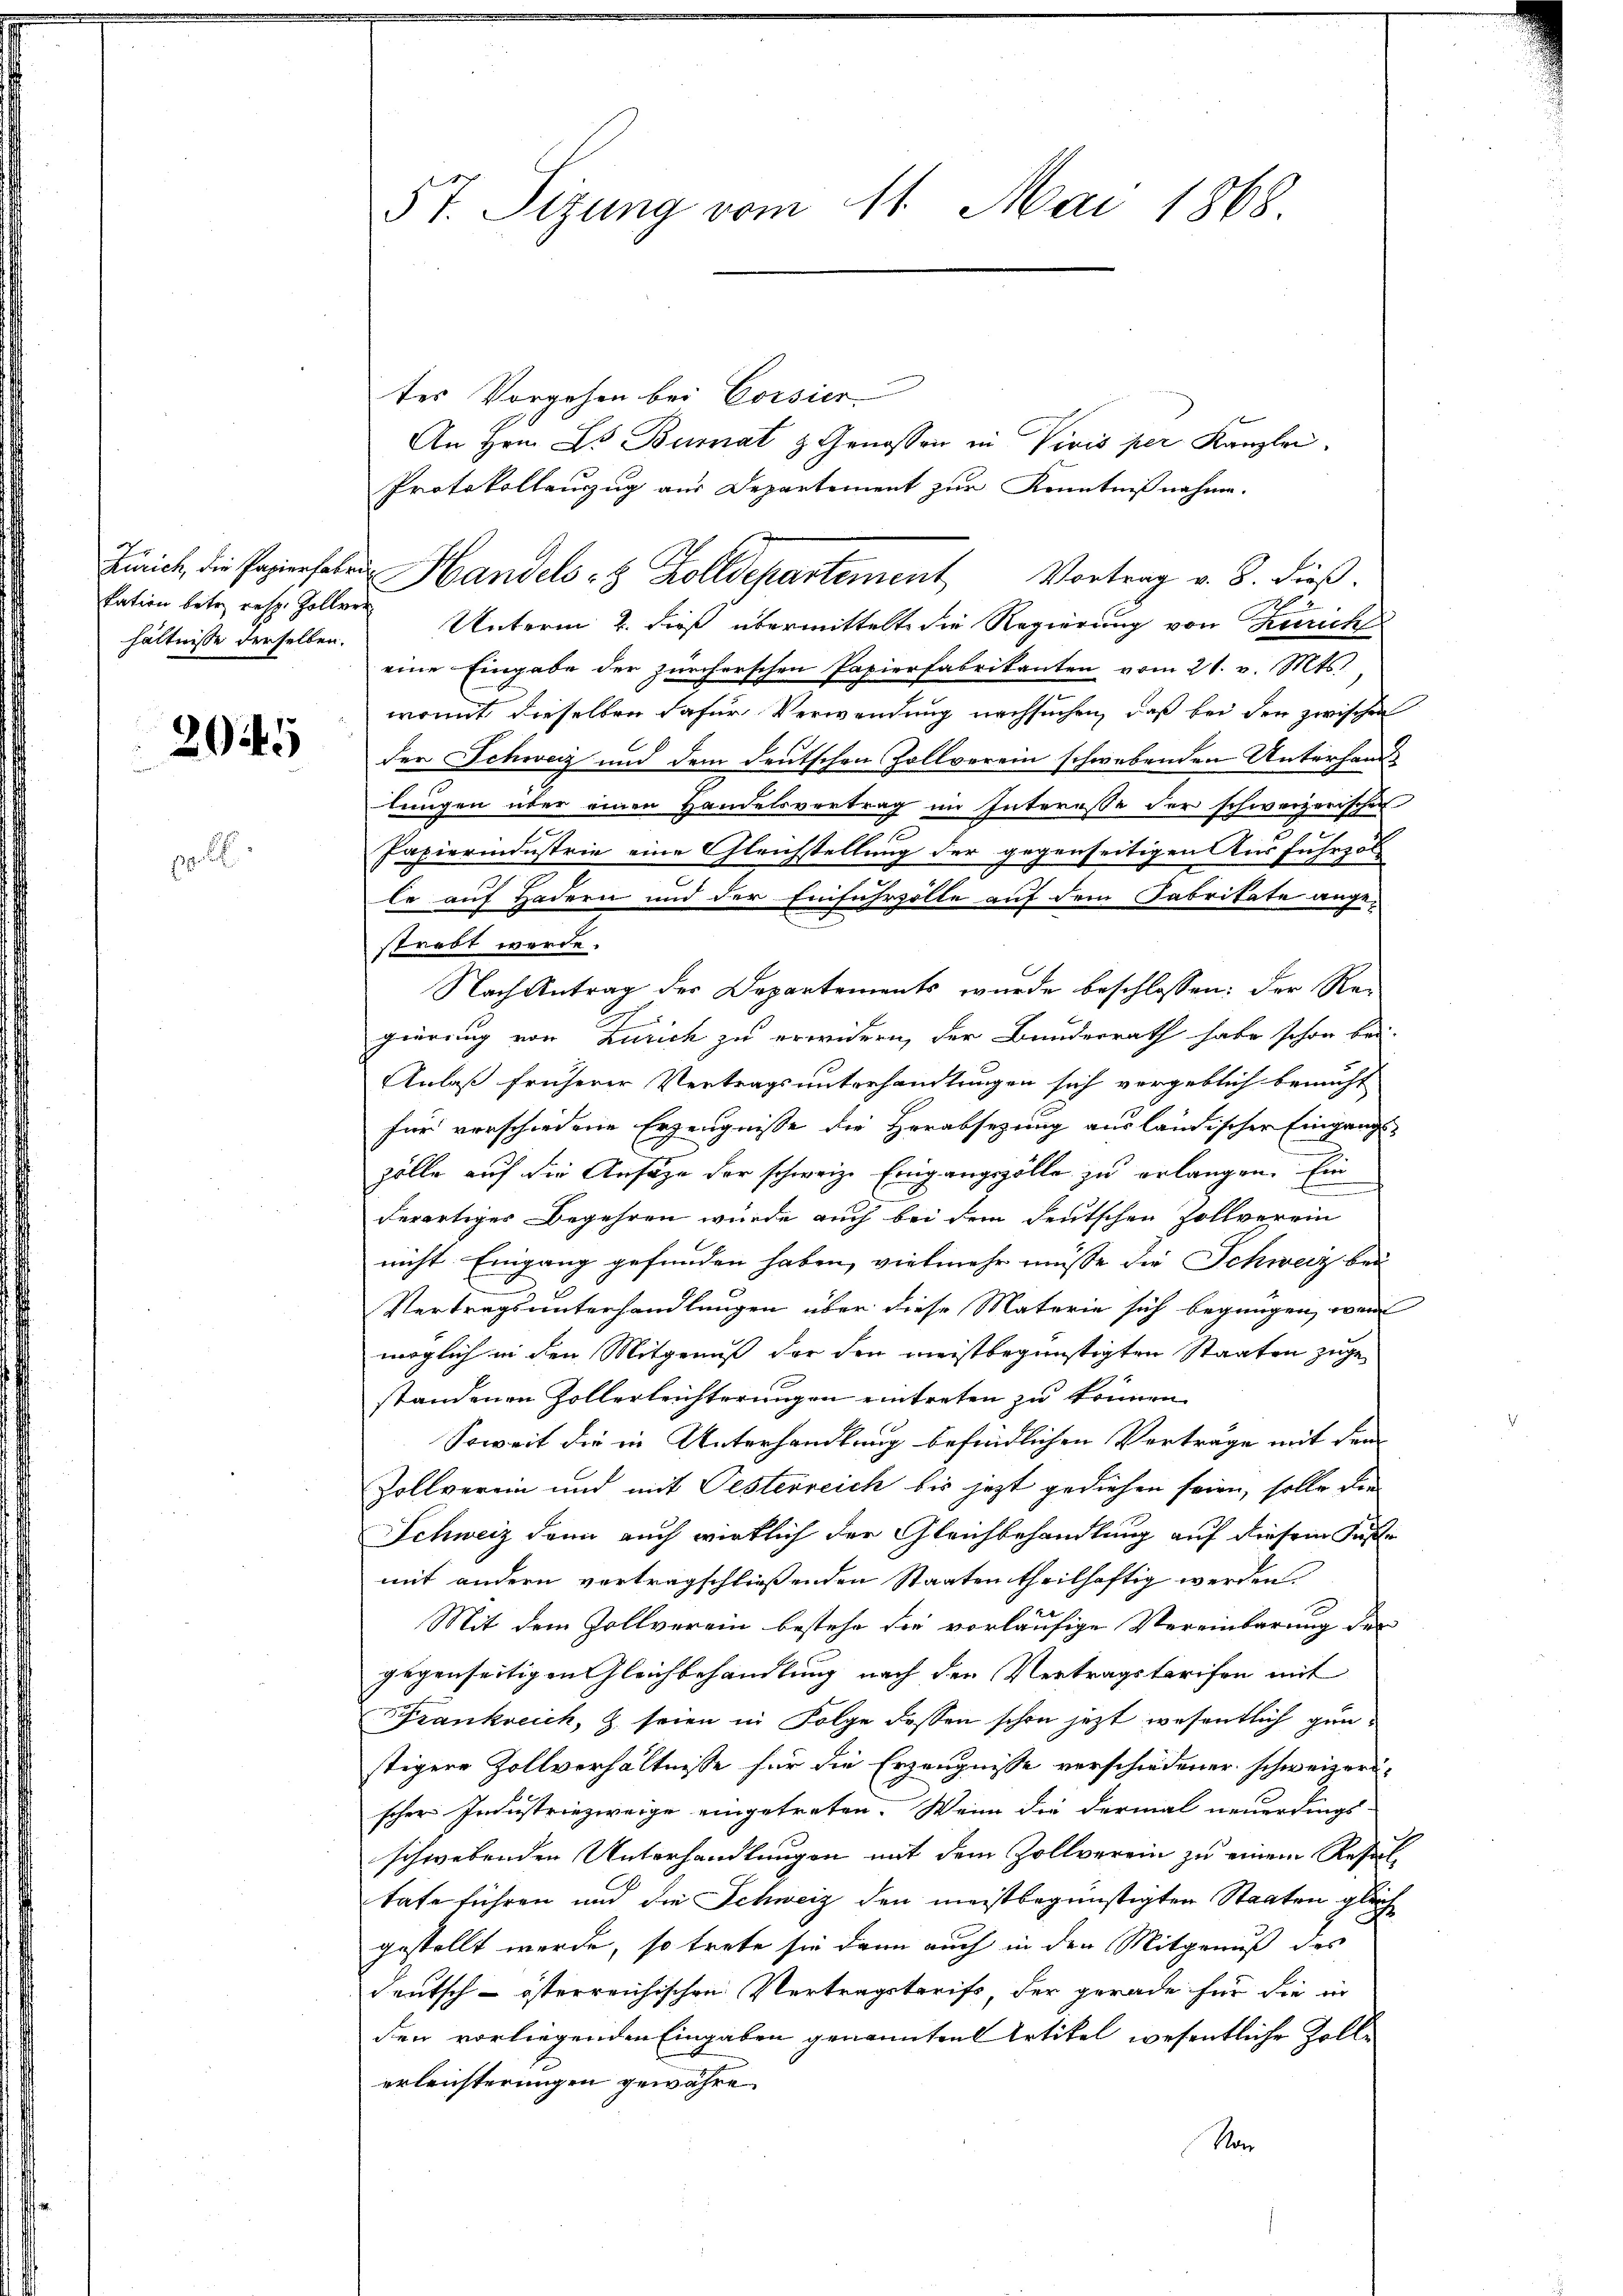
hältnisse derselben.

2045

pol

57. Sizung vom 11. Mai 1868

tes Vorgehen bei Corsier
An Hrn. L Bumnat & Genossen in Vivis per Kanzlei.
Protokollauszug aus Departement zur Kenntnißnahme.
2
kation betr. resp. Zollen Unterm 2. dieß übermittelt die Regierung von Zürich
eine Eingabe der zürcherschen Papierfabrikanten vom 21. v. Mts.,
womit dieselben dafür Verwendung nachsuchen, daß bei den zwischen
der Schweiz und dem deutschen Zollverein schwebenden Unterhandtungen über einen Handelsvertrag im Interesse der schweizerischen
Papierindustrie eine Gleichstellung der gegenseitigen Ausfuhrzol
le auf Hadern und der Einfuhrzölle auf dem Fabrikate angestrebt werde.
Nach Antrag des Departements wurde beschlossen: der Re-
gierung von Zürich zu erwidern, der Bundesrath habe schon bei.
Anlaß früherer Vertragsunterhandlungen sich vergeblich bemüht
für verschiedene Erzeugnisse die Herabsezung ausländischer Eingangs
zölle auf die Ansage der schweiz. Eingangszölle zu erlangen. Ein
derartiges Begehren würde auch bei dem deutschen Zollverein
nicht Eingang gefunden haben, vielmehr müsse die Schweiz bei
6
Vertragsunterhandlungen über diese Materie sich begnügen, wenn
möglich in den Mitgenuß der den meistbegünstigten Staaten zugestandenen Zollerleichterungen eintreten zu können.
Soweit die in Unterhandlung befindlichen Verträge mit dem
Zollverein und mit Pesterreich bis jezt gediehen seien, solle den
Schweiz dann auch wirklich der Gleichbehandlung auf diesem Fuße
mit andern vertragschließenden Staaten theilhaftig werden.
Mit dem Zollverein bestehe die vorläufige Vereinbarung der
gegenseitigen Gleichbehandlung nach den Vertragstarifen mit
Frankreich, z. seien in Folge dessen schon jezt wesentlich ganstigere Zollverhältnisse für die Erzeugnisse verschiedener schweizerischer Industriezweige eingetreten. Wenn die dermal neuerdings
schwebenden Unterhandlungen mit dem Zollverein zu einem Resultafe führen und die Schweiz den meistbegünstigten Staaten gleich
gestellt werde, so trete sie dann auch in den Mitgenuß des
deutsch-österreichischen Vertragsterifs, der gerade für die in
den vorliegenden Eingaben genannten Artikel wesentliche Zolle
erleisterungen gewähre
No

Zürich, die Papierhoben Handels- & Zolldepartement Vortrag v. 8. dieß.